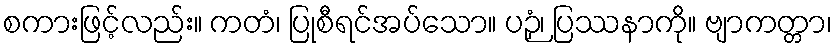
စကားဖြင့်လည်း။ ကတံ၊ ပြုစီရင်အပ်သော။ ပဉှံ၊ ပြဿနာကို။ ဗျာကတ္တာ၊